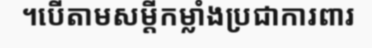
។បើតាមសម្តីកម្លាំងប្រជាការពារ